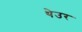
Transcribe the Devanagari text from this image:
थेउर